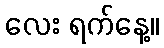
လေး ရက်နေ့။